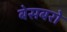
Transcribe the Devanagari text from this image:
बेसबरो